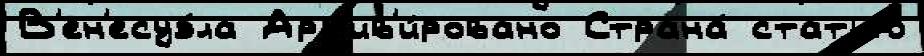
В'ен'есуэ́ла Арх'ив'и́ровано Страна́ статью